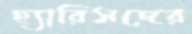
হ্যারিসদের